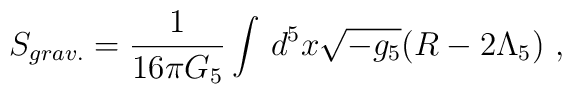
S_{grav.} = \frac{1}{16\pi G_5} \int \,d^5 x \sqrt{-g_{5}}                    \big(R -2\Lambda_{5} \big)\ ,